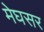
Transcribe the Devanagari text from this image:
मेघसर